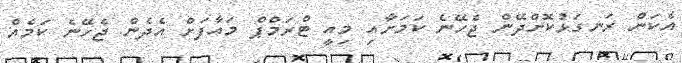
އެކަން ރަނގަޅުކޮށްދޭން ޖެހޭނެ ކަމަށާއި މިއީ ޓްރަމްޕް މައާފަށް އެދެން ޖެހޭނެ ކަމެއް